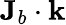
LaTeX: {\mathbf J}_{b}\cdot{\mathbf k}